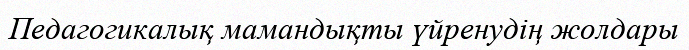
Педагогикалық мамандықты үйренудің жолдары